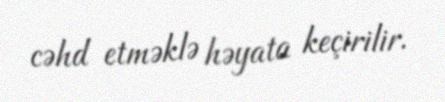
cəhd etməklə həyata keçirilir.